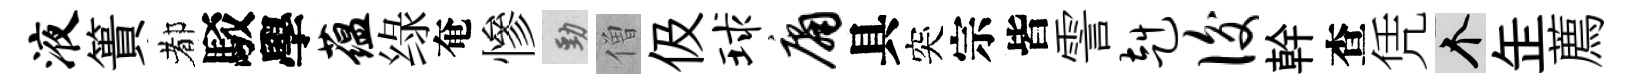
液簣都駁學蕴绿奄慘勁僧伋球庸具突宗皆霅赳后幹查凭个𦈢薦